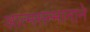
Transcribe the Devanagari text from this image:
आत्मसन्मानाने